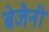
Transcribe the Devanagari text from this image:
बेजैनी